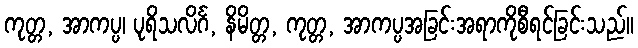
ကုတ္တ, အာကပ္ပ၊ ပုရိသလိင်္ဂ, နိမိတ္တ, ကုတ္တ, အာကပ္ပအခြင်းအရာကိုစီရင်ခြင်းသည်။